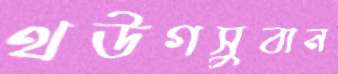
থউগসুবান